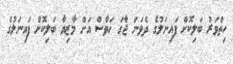
ހިތްވަރު ބަލިކޮށް ފައިނަލުގެ ދެވަނަ ޖާގަ ހަވާސް އަށް މާޒިޔާ ބަލިކޮށް ފަައިނަލުގެ